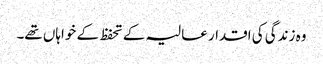
وہ زندگی کی اقدار عالیہ کے تحفظ کے خواہاں تھے۔